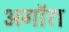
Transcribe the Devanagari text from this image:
अगॉरा